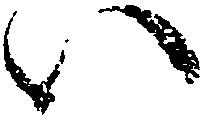
い